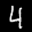
Label: 4